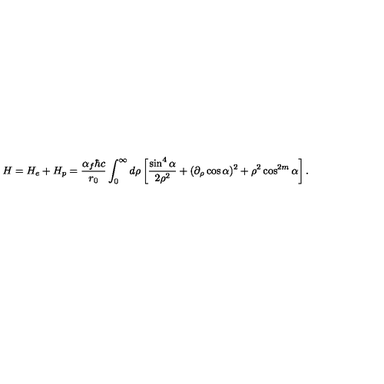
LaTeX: H = H _ { e } + H _ { p } = \frac { \alpha _ { f } \hbar c } { r _ { 0 } } \int _ { 0 } ^ { \infty } { d \rho } \left[ \frac { \sin ^ { 4 } \alpha } { 2 \rho ^ { 2 } } + ( \partial _ { \rho } \cos \alpha ) ^ { 2 } + \rho ^ { 2 } \cos ^ { 2 m } \alpha \right] .